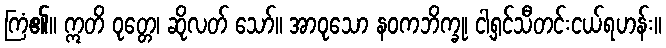
ကြံ၏။ ဣတိ ဝုတ္တေ၊ ဆိုလတ် သော်။ အာဝုသော နဝကဘိက္ခု၊ ငါ့ရှင်သီတင်းငယ်ရဟန်း။